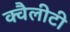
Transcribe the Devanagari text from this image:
क्वैलीटी